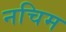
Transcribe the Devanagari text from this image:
नचिम